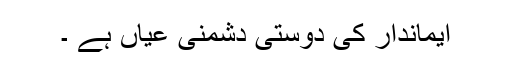
ایماندار کی دوستی دشمنی عیاں ہے ۔